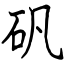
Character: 矾